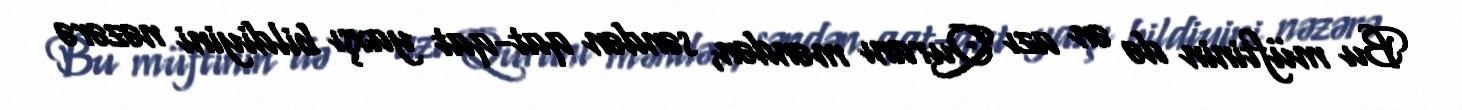
Bu müftinin də ən azı Quranı məndən, səndən qat-qat yaxşı bildiyini nəzərə